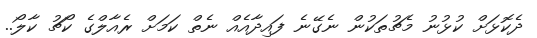
ދެކޮޅަށް ކުޅުނު މެޗުތަކުން ނެގޭނެ ފައިދާއެއް ނެތް ކަމަށް ރެއާލްގެ ކޯޗު ކާލޯ..